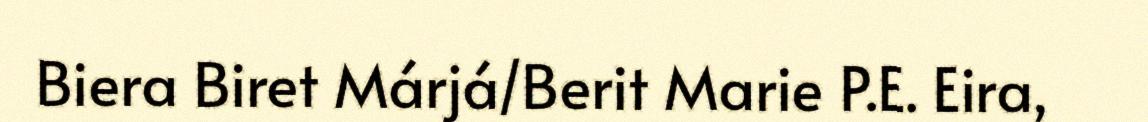
Biera Biret Márjá/Berit Marie P.E. Eira,